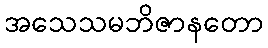
အသေသမဘိဇာနတော